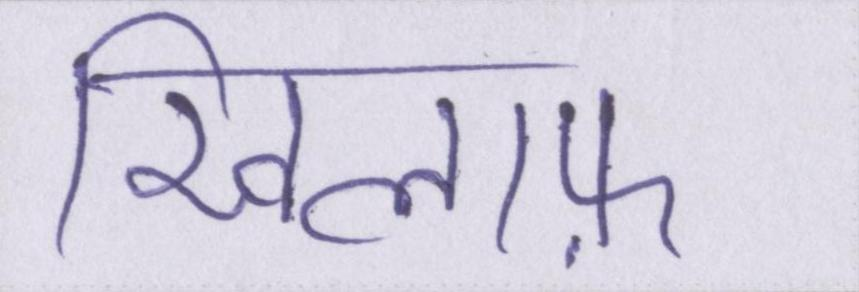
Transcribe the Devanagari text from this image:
खिलाफ़